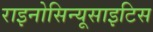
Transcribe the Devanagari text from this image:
राइनोसिन्यूसाइटिस